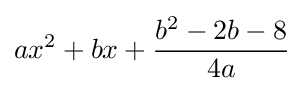
ax^{2}+bx+{\frac {b^{2}-2b-8}{4a}}